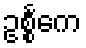
ဥစ္စင်္ကေ